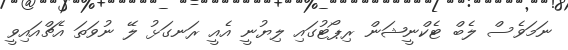
ނަމަވެސް ލެބް ޓެކްނީޝަން ރިޕޯޓުގައި ލިޔުނީ އެއީ ރަނގަޅު ލޭ ނުވަތަ އެޗްއައިވީ